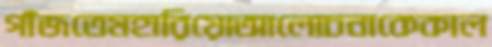
গাঁজতেমহারিয়োআলোচনাকেকাল